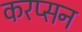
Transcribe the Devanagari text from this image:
करप्सन